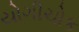
યોગીચોક